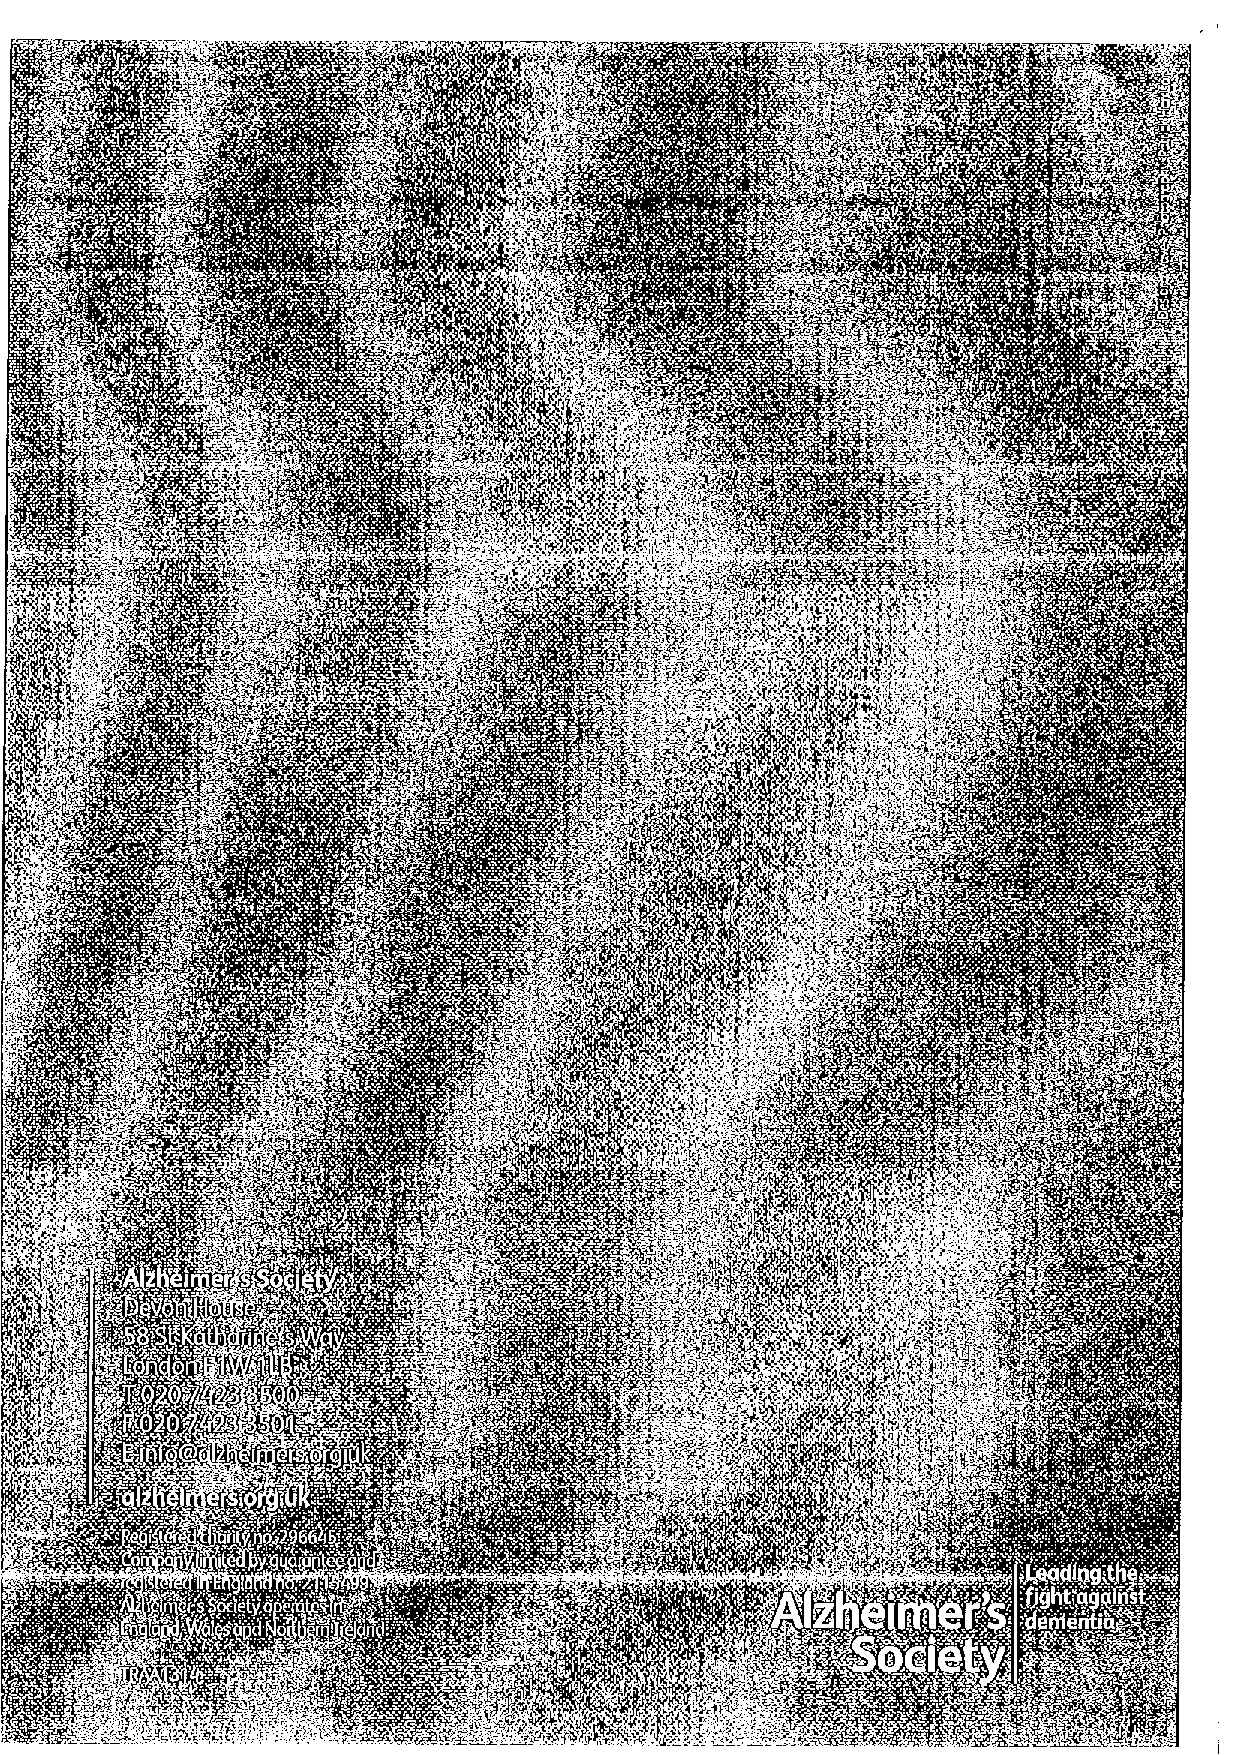
4%0
 t+$;
 +q
 t0e-,
 '
 g4i~f
 j.
 .
 ,
 4!etee
 0'
 II
 4 fW+.. .
 !':
 ~
 ',    . 0e ~tt0'0-
 tt. ,tI  'QZ
 'c:
 ~'.vP
 if',
 ,
 e o     eo
 j~a=  'o   ~" 'rI' 'e
 j~   o
 0 0
 '
 ~    g  ~ ~
 '
 I     I  ~
 Ql    ~ ~ I ~ I It
 ~ I
 ~   ~I I
 I I I ~ I ~    I